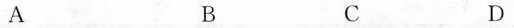
A B C D